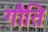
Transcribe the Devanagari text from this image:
गौति